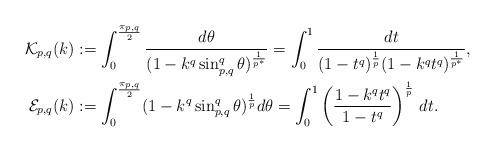
LaTeX: \begin{align*}\mathcal{K}_{p,q}(k)&:=\int_0^{\frac{\pi_{p,q}}{2}} \frac{d\theta}{(1-k^q\sin_{p,q}^q{\theta})^{\frac{1}{p^*}}}=\int_0^1 \frac{dt}{(1-t^q)^\frac1p (1-k^qt^q)^{\frac{1}{p^*}}},\\\mathcal{E}_{p,q}(k)&:=\int_0^{\frac{\pi_{p,q}}{2}} (1-k^q\sin_{p,q}^q{\theta})^{\frac1p} d\theta=\int_0^1 \left(\frac{1-k^qt^q}{1-t^q}\right)^\frac1p\,dt.\end{align*}